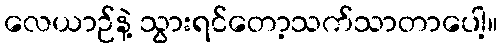
လေယာဉ်နဲ့ သွားရင်တော့သက်သာတာပေါ့။